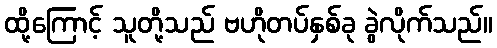
ထို့ကြောင့် သူတို့သည် ဗဟိုတပ်နှစ်ခု ခွဲလိုက်သည်။